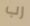
رب